Civil Veterinary Department Bengal reports 1933-51 - 1933-1951
Year: 1933
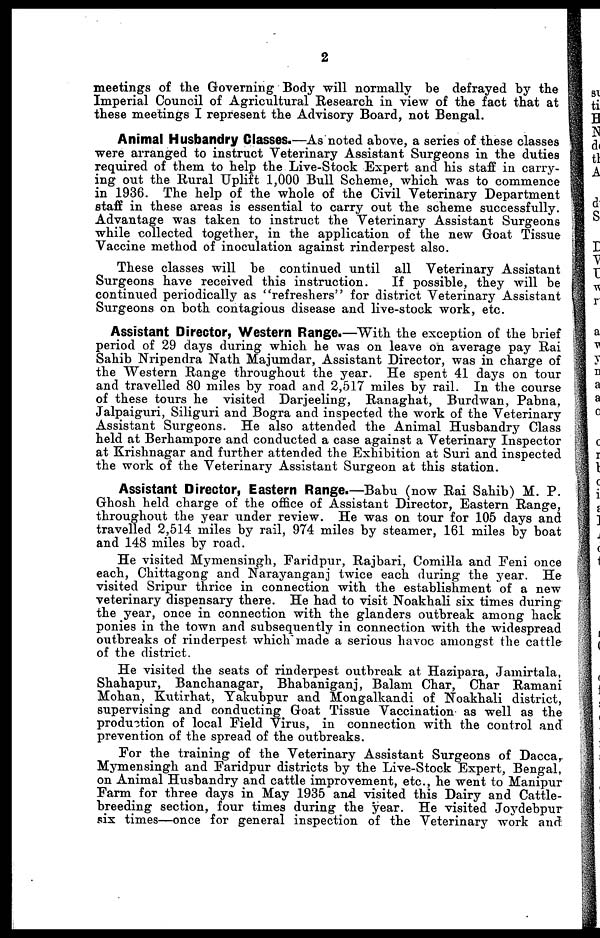
2
meetings of the Governing Body will normally be defrayed by the
Imperial Council of Agricultural Research in view of the fact that at
these meetings I represent the Advisory Board, not Bengal.
Animal Husbandry Classes.—As noted above, a series of these classes
were arranged to instruct Veterinary Assistant Surgeons in the duties
required of them to help the Live-Stock Expert and his staff in carry-
ing out the Rural Uplift 1,000 Bull Scheme, which was to commence
in 1936. The help of the whole of the Civil Veterinary Department
staff in these areas is essential to carry out the scheme successfully.
Advantage was taken to instruct the Veterinary Assistant Surgeons
while collected together, in the application of the new Groat Tissue
Vaccine method of inoculation against rinderpest also.
These classes will be continued until all Veterinary Assistant
Surgeons have received this instruction.
If possible, they will be
continued periodically as "refreshers" for district Veterinary Assistant
Surgeons on both contagious disease and live-stock work, etc.
Assistant Director, Western Range.—With the exception of the brief
period of 29 days during which he was on leave on average pay Rai
Sahib Nripendra Nath Majumdar, Assistant Director, was in charge of
the Western Range throughout the year. He spent 41 days on tour
and travelled 80 miles by road and 2,517 miles by rail. In the course
of these tours he visited Darjeeling, Ranaghat, Burdwan, Pabna,
Jalpaiguri, Siliguri and Bogra and inspected the work of the Veterinary
Assistant Surgeons. He also attended the Animal Husbandry Class
held at Berhampore and conducted a case against a Veterinary Inspector
at Krishnagar and further attended the Exhibition at Suri and inspected
the work of the Veterinary Assistant Surgeon at this station.
Assistant Director, Eastern Range.—Babu (now Rai Sahib) M. P.
Ghosh held charge of the office of Assistant Director, Eastern Range,
throughout the year under review. He was on tour for 105 days and
travelled 2,514 miles by rail, 974 miles by steamer, 161 miles by boat
and 148 miles by road.
He visited Mymensingh, Faridpur, Rajbari, Comilla and Feni once
each, Chittagong and Narayanganj twice each during the year. He
visited Sripur thrice in connection with the establishment of a new
veterinary dispensary there. He had to visit Noakhali six times during
the year, once in connection with the glanders outbreak among hack
ponies in the town and subsequently in connection with the widespread
outbreaks of rinderpest which made a serious havoc amongst the cattle
of the district.
He visited the seats of rinderpest outbreak at Hazipara, Jamirtala,
Shahapur, Banchanagar, Bhabaniganj, Balam Char, Char Ramani
Mohan, Kutirhat, Yakubpur and Mongalkandi of Noakhali district,
supervising and conducting Goat Tissue Vaccination as well as the
production of local Field Virus, in connection with the control and
prevention of the spread of the outbreaks.
For the training of the Veterinary Assistant Surgeons of Dacca,
Mymensingh and Faridpur districts by the Live-Stock Expert, Bengal,
on Animal Husbandry and cattle improvement, etc., he went to Manipur
Farm for three days in May 1935 and visited this Dairy and Cattle-
breeding section, four times during the year. He visited Joydebpur
six times—once for general inspection of the Veterinary work and.